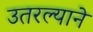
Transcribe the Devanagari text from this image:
उतरल्याने